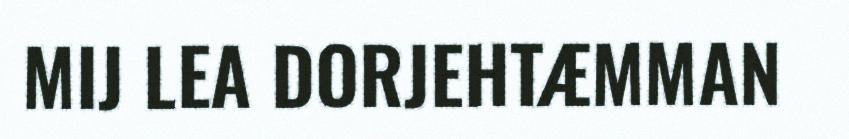
MIJ LEA DORJEHTÆMMAN